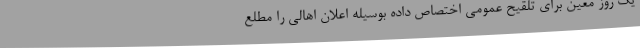
یک روز معین برای تلقیح عمومی اختصاص داده بوسیله اعلان اهالی را مطلع